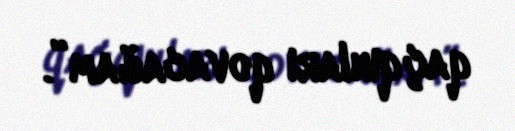
qaçqınları qovacağam”.